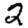
Digit: 2